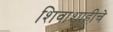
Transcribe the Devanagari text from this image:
शिवाशाहीचे